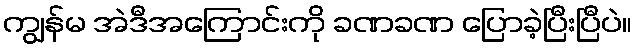
ကျွန်မ အဲဒီအကြောင်းကို ခဏခဏ ပြောခဲ့ပြီးပြီပဲ။